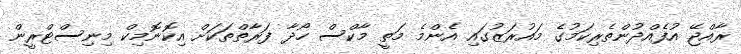
ރާއްޖޭ އުފެއްދުންތެރިކަމުގެ މައުރަޒުގައި އެންމެ މަތީ މާކްސް ހޯދާ ފަރާތްތަކަށް އިކޮނޮމިކް މިނިސްޓްރީން